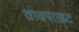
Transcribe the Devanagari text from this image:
वाक्साइट